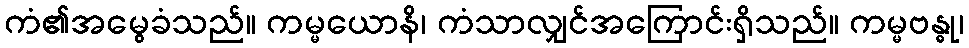
ကံ၏အမွေခံသည်။ ကမ္မယောနိ၊ ကံသာလျှင်အကြောင်းရှိသည်။ ကမ္မဗန္ဓု၊